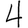
Digit: 4